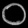
Digit: ၀